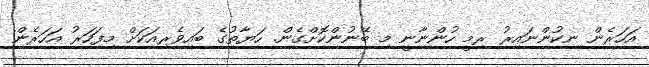
އަހަރެން ނިކުންނައިރު ރިމީ ހުންނާނީ މި ބޭނުންކޮށްގެން. ހަޔާތުގެ ބައިވެރިއަކަށް މިފަހަރު އަހަރެން